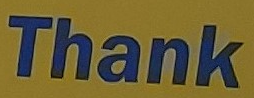
Thank